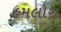
હમલોગ